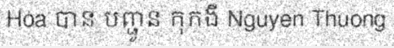
Hoa បាន បញ្ជូន កុកងឺ Nguyen Thuong